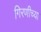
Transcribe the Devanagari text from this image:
गिरणीच्या